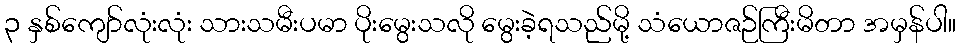
၃ နှစ်ကျော်လုံးလုံး သားသမီးပမာ ပိုးမွေးသလို မွေးခဲ့ရသည်မို့ သံယောဇဉ်ကြီးမိတာ အမှန်ပါ။